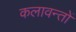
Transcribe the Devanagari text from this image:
कलावन्तों